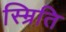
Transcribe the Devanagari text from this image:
स्म्रिति